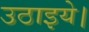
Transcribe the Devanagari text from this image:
उठाइये।